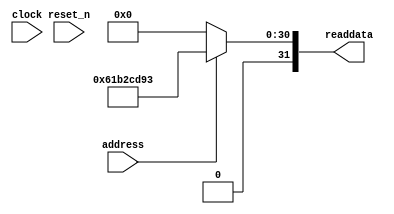
module nios_soc_sysid_qsys_0 (
               // inputs:
                address,
                clock,
                reset_n,

               // outputs:
                readdata
             )
;

  output  [ 31: 0] readdata;
  input            address;
  input            clock;
  input            reset_n;

  wire    [ 31: 0] readdata;
  //control_slave, which is an e_avalon_slave
  assign readdata = address ? 1639107987 : 0;

endmodule